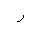
Letter: _ra